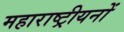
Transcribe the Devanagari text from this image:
महाराष्ट्रीयनों